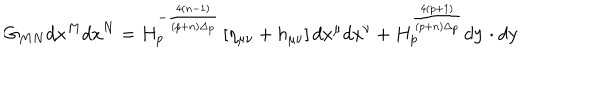
LaTeX: G _ { M N } d x ^ { M } d x ^ { N } = H _ { p } ^ { - { \frac { 4 ( n - 1 ) } { ( p + n ) \Delta _ { p } } } } \left[ \eta _ { \mu \nu } + h _ { \mu \nu } \right] d x ^ { \mu } d x ^ { \nu } + H _ { p } ^ { \frac { 4 ( p + 1 ) } { ( p + n ) \Delta _ { p } } } d { \bf y } \cdot d { \bf y }